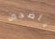
ناضجين